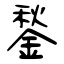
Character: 鍫